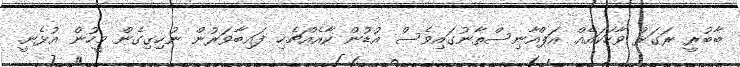
ބާބުރީ ރަގަޅު ވާހަކައެއް އަޕްއާނިސްތާނުގައިވެސް އުޑުން ކާއެއްޗެހި ފައިބާވަރުން ނުހިގިގެން މީހުން އުޅެނީ.